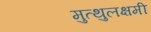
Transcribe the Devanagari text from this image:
मुत्थुलक्षमी